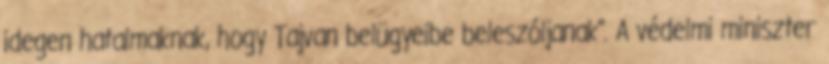
idegen hatalmaknak, hogy Tajvan belügyeibe beleszóljanak". A védelmi miniszter